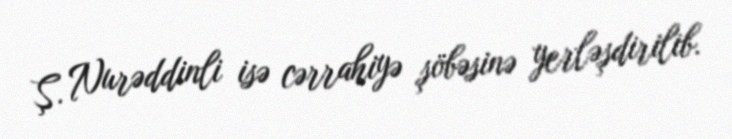
Ş. Nurəddinli isə cərrahiyə şöbəsinə yerləşdirilib.